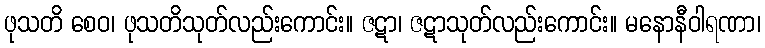
ဖုသတိ စေဝ၊ ဖုသတိသုတ်လည်းကောင်း။ ဇဋာ၊ ဇဋာသုတ်လည်းကောင်း။ မနောနီဝါရဏာ၊